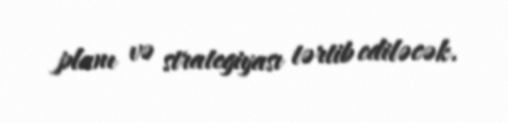
planı və strategiyası tərtib ediləcək.